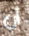
أن